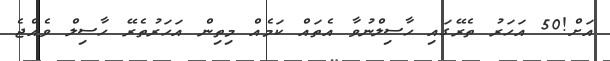
އަށް!50 އަހަރު ތެރޭގައި ހާސިލްނުވާ އެތައް ކަމެއް މިތިން އަހަރުތެރޭ ހާސިލް ވެއްޖެ